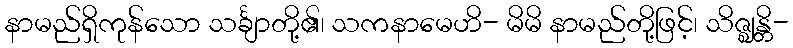
နာမည်ရှိကုန်သော သင်္ချာတို့၏၊ သကနာမေဟိ- မိမိ နာမည်တို့ဖြင့်၊ သိဇ္ဈန္တိ-